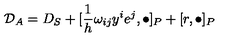
{ \cal { D } } _ { A } = D _ { S } + [ \frac { 1 } { h } \omega _ { i j } y ^ { i } e ^ { j } , \bullet ] _ { P } + [ r , \bullet ] _ { P }